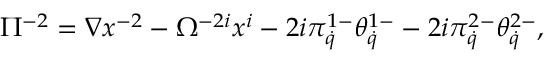
\Pi ^ { - 2 } = \nabla x ^ { - 2 } - \Omega ^ { - 2 i } x ^ { i } - 2 i \pi _ { \dot { q } } ^ { 1 - } \theta _ { \dot { q } } ^ { 1 - } - 2 i \pi _ { \dot { q } } ^ { 2 - } \theta _ { \dot { q } } ^ { 2 - } ,